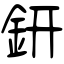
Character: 銒